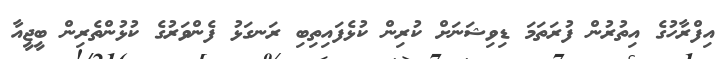
އިފްރާހުގެ އިތުރުން ފުރަތަމަ ޑިވިޝަނަށް ކުރިން ކުޅެފައިތިބި ރަނގަޅު ފެންވަރުގެ ކުޅުންތެރިން ބީޖީއާ